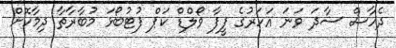
ދެހާސް ސާދަ ވަނަ އަހަރުގެ ފީފާ ވޯލްޑް ކަޕް ފުޓުބޯޅަ މުބާރާތާ ދިމާކޮށް